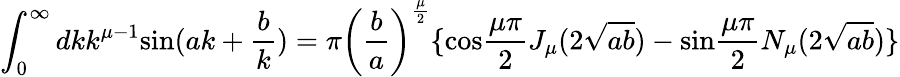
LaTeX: \int_{0}^{\infty}dkk^{{\mu}-1}\mathrm{sin}(ak+\frac{b}{k})={\pi}\left(\frac{b}{a}\right)^{\frac{\mu}{2}}\{ \mathrm{cos}\frac{{\mu}{\pi}}{2}J_{\mu}(2\sqrt{ab})-\mathrm{sin}\frac{{\mu}{\pi}}{2}N_{\mu}(2\sqrt{ab})\}